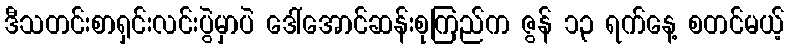
ဒီသတင်းစာရှင်းလင်းပွဲမှာပဲ ဒေါ်အောင်ဆန်းစုကြည်က ဇွန် ၁၃ ရက်နေ့ စတင်မယ့်